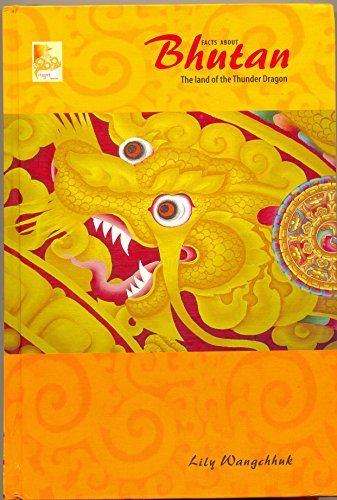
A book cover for Facts About Bhutan the Land of the Thunder Dragon; Lili Wangchhuk; Travel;